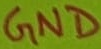
Text: GND